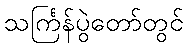
သင်္ကြန်ပွဲတော်တွင်